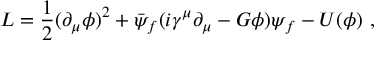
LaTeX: { \cal L } = \frac { 1 } { 2 } ( \partial _ { \mu } \phi ) ^ { 2 } + \bar { \psi } _ { f } ( i \gamma ^ { \mu } \partial _ { \mu } - G \phi ) \psi _ { f } - U ( \phi ) ~ ,